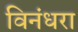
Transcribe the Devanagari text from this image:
विनंधरा